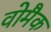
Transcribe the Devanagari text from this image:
वोमैक